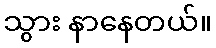
သွား နာနေတယ်။